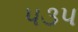
૫૩૫